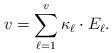
LaTeX: \begin{align*}v = \sum_{\ell=1}^v \kappa_{\ell} \cdot E_{\ell}.\end{align*}